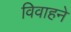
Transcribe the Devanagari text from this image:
विवाहने